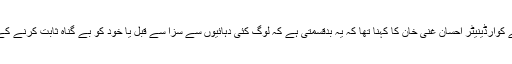
اس حوالے سے نیکٹا کے کوآرڈینیٹر احسان غنی خان کا کہنا تھا کہ یہ بدقسمتی ہے کہ لوگ کئی دہائیوں سے سزا سے قبل یا خود کو بے گناہ ثابت کرنے کے لیے جیلوں میں قید ہیں۔